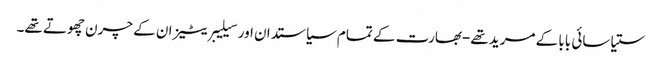
ستیا سائی بابا کے مرید تھے-بھارت کے تمام سیاستدان اور سیلیبریٹیز ان کے چرن چھوتے تھے۔